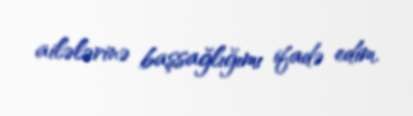
ailələrinə başsağlığımı ifadə edim.